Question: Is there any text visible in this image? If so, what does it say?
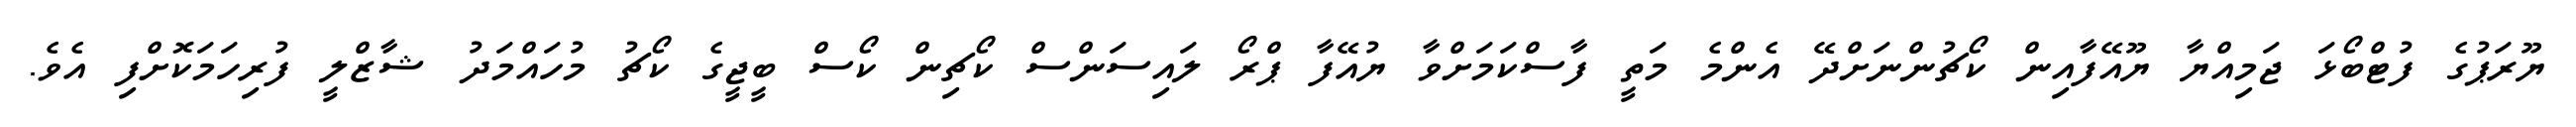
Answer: ޔޫރަޕުގެ ފުޓްބޯޅަ ޖަމިއްޔާ ޔޫއޭފާއިން ކޯޗުންނަށްދޭ އެންމެ މަތީ ފާސްކަމަށްވާ ޔުއޭފާ ޕްރޯ ލައިސަންސް ކޯޗިން ކޯސް ބީޖީގެ ކޯޗު މުހައްމަދު ޝާޒްލީ ފުރިހަމަކޮށްފި އެވެ.